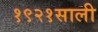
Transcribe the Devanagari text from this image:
१९२१साली